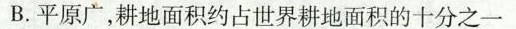
B.平原广，耕地面积约占世界耕地面积的十分之一